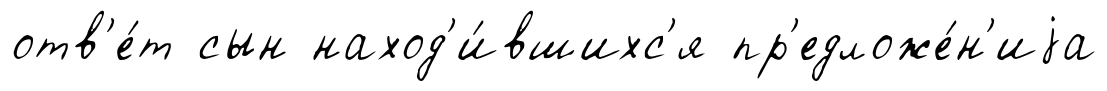
отв'е́т сын наход'и́вшихс'я пр'едложе́н'иjа